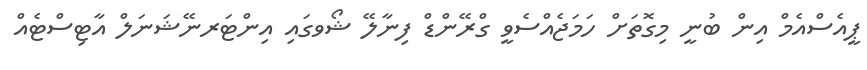
ޕީއެސްއެމް އިން ބުނީ މިގޮތަށް ހަމަޖެއްސެވީ ގްރޭންޑް ފިނާލޭ ޝޯވގައި އިންޓަރނޭޝަނަލް އާޓިސްޓެއް